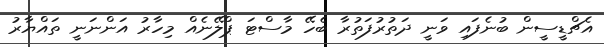
އެޗްޑީސީން ބުނެފައި ވަނީ ދަތުރުފަތުރާ ބެހޭ މާސްޓަ ޕްލޭނެއް މިހާރު އަންނަނީ ތައްޔާރު